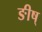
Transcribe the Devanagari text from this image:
ङीष्